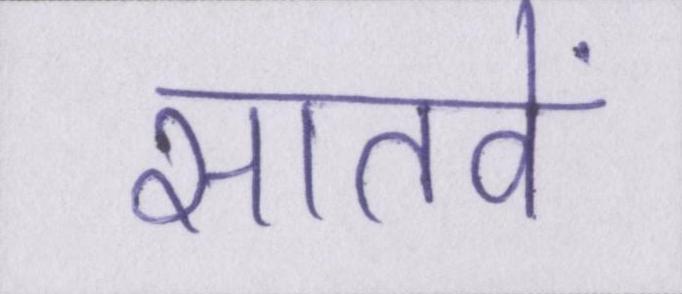
सातवें